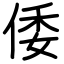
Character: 倭